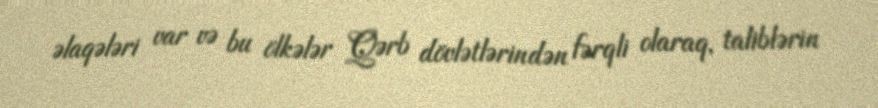
əlaqələri var və bu ölkələr Qərb dövlətlərindən fərqli olaraq, taliblərin